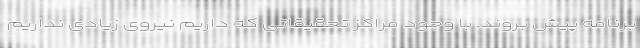
برنامه پیش بروند. با وجود مراکز تحقیقاتی که داریم نیروی زیادی نداریم